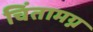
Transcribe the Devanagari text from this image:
चिंतामग्न